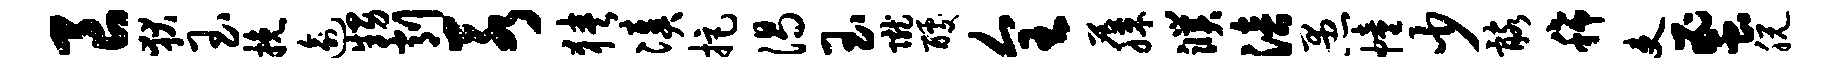
良狄玉挽逾甥削若狭凑拒渴玉陇醵全藤濮涪愚幢少髂稀吏蜜脱